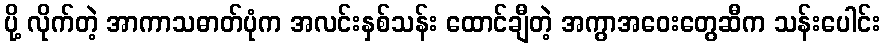
ပို့ လိုက်တဲ့ အာကာသဓာတ်ပုံက အလင်းနှစ်သန်း ထောင်ချီတဲ့ အကွာအဝေးတွေဆီက သန်းပေါင်း